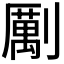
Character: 𠠏